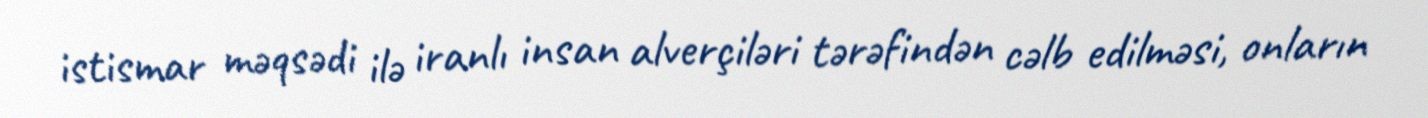
istismar məqsədi ilə iranlı insan alverçiləri tərəfindən cəlb edilməsi, onların